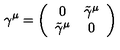
\gamma ^ { \mu } = \left( \begin{array} { c c } { 0 } & { \tilde { \gamma } ^ { \mu } } \\ { \tilde { \gamma } ^ { \mu } } & { 0 } \\ \end{array} \right)